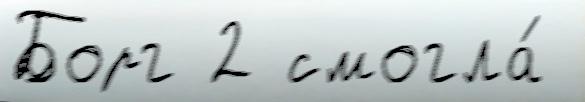
Борг 2 смогла́